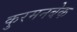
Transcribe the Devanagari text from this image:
कुरमनबेक